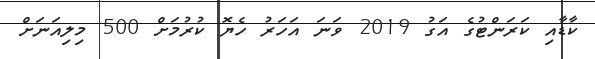
ކާޑާއި ކަރަންޓުގެ އަގު 2019 ވަނަ އަހަރު ހެޔޮ ކުރުމަށް 500 މިލިއަނަށް